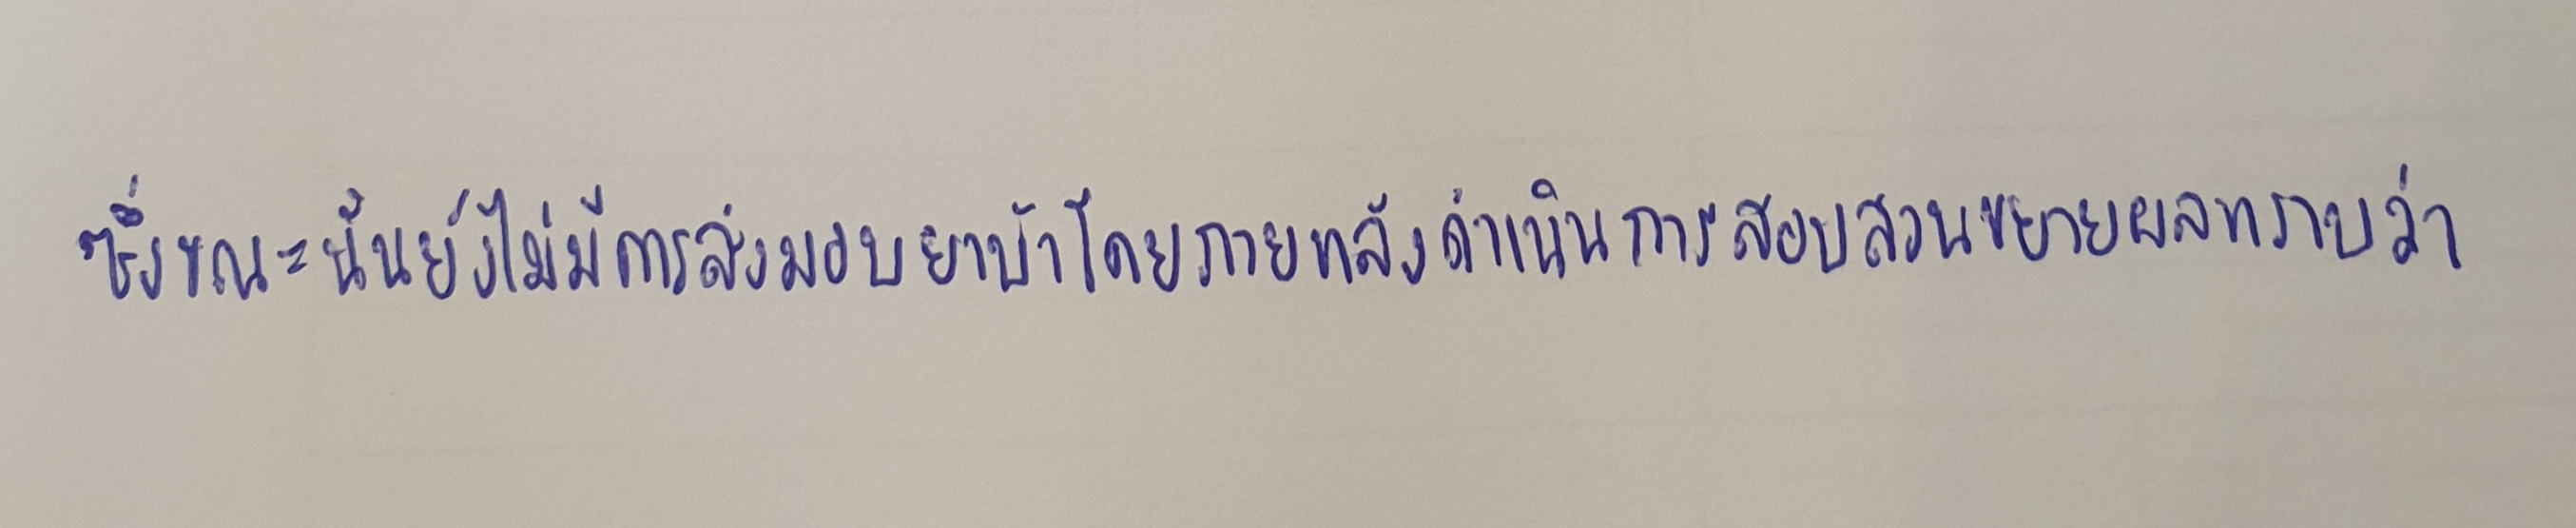
ซึ่งขณะนั้นยังไม่มีการส่งมอบยาบ้าโดยภายหลังดำเนินการสอบสวนขยายผลทราบว่า